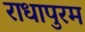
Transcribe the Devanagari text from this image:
राधापुरम